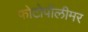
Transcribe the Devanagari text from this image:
फोटोपॉलीमर